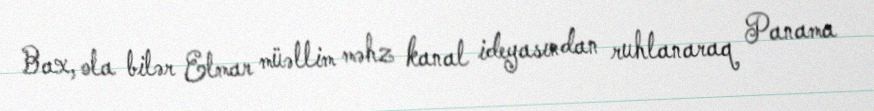
Bax, ola bilər Elmar müəllim məhz kanal ideyasından ruhlanaraq Panama